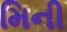
મિની